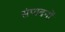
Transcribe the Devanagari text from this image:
संपादनों